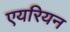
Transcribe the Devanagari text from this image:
एयरियन